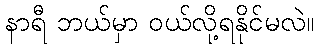
နာရီ ဘယ်မှာ ဝယ်လို့ရနိုင်မလဲ။